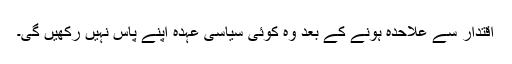
اقتدار سے علاحدہ ہونے کے بعد وہ کوئی سیاسی عہدہ اپنے پاس نہیں رکھیں گی۔